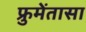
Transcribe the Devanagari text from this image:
फ्रुमेंतासा